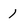
Character: 1